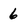
Character: 6